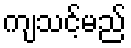
ကျသင့်မည်